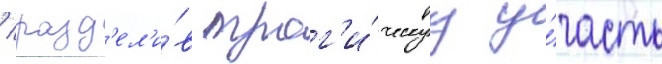
/ разд'ел'и́в траг'и́ческуу у́часть